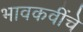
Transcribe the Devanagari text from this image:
भावकवींचे